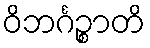
ဝိဘင်္ဂဉ္စာတိ